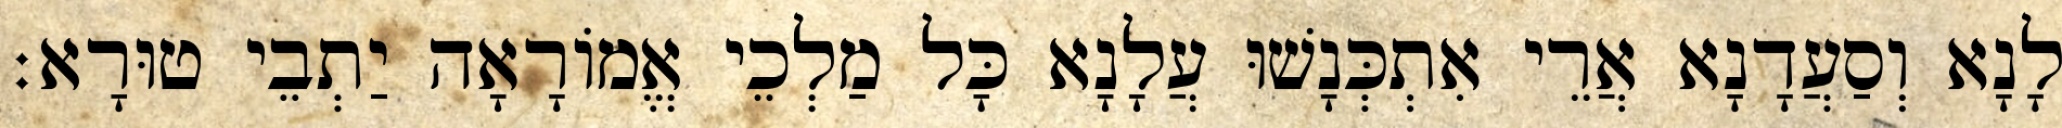
לָנָא וְסַעֲדָנָא אֲרֵי אִתְכְּנָשׁוּ עֲלָנָא כָּל מַלְכֵי אֱמוֹרָאָה יַתְבֵי טוּרָא׃